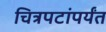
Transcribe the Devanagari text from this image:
चित्रपटांपर्यंत